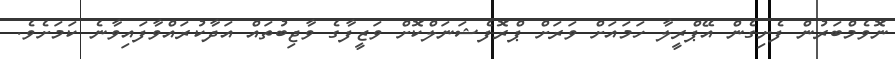
ނޮވެމްބަރުން ފެށިގެން އޭޕްރީލާ ހަމައަށް ވަރަށް ޕްރޮފެޝަނަލްކޮށް ވަޒީފާގެ ވާޖިބުތައް އަދާކުރައްވާފައިވާނެ ކަމަށެވެ.